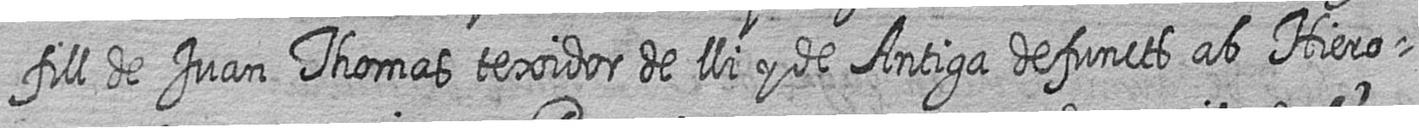
fill de Juan Thomas texidor de lli y de Antiga defuncts ab Hiero=